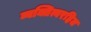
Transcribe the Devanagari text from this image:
व्यक्तित्वरहित